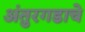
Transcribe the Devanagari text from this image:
अंतुरगडाचे